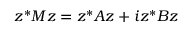
z ^ { * } M z = z ^ { * } A z + i z ^ { * } B z